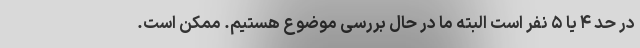
در حد ۴ یا ۵ نفر است البته ما در حال بررسی موضوع هستیم. ممکن است.